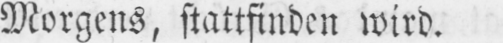
Morgens, stattfinden wird.